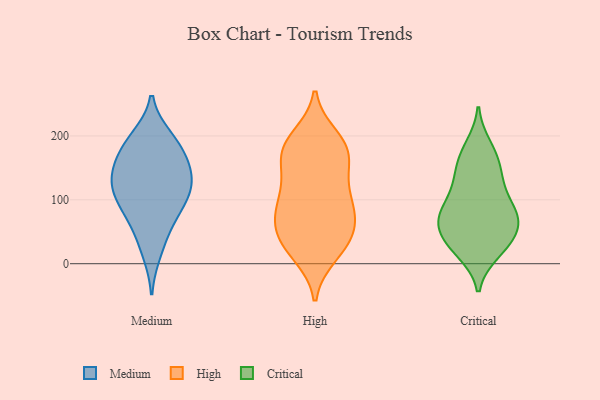
{"axis": {"x": "Operating Costs (USD K)", "y": "Value"}, "legend": ["Critical", "High", "Medium"], "data": [{"x": "", "y": 118, "type": "Medium"}, {"x": "", "y": 184, "type": "Medium"}, {"x": "", "y": 17, "type": "Medium"}, {"x": "", "y": 167, "type": "Medium"}, {"x": "", "y": 49, "type": "Medium"}, {"x": "", "y": 109, "type": "Medium"}, {"x": "", "y": 193, "type": "Medium"}, {"x": "", "y": 126, "type": "Medium"}, {"x": "", "y": 90, "type": "Medium"}, {"x": "", "y": 146, "type": "Medium"}, {"x": "", "y": 198, "type": "Medium"}, {"x": "", "y": 98, "type": "Medium"}, {"x": "", "y": 138, "type": "Medium"}, {"x": "", "y": 72, "type": "Medium"}, {"x": "", "y": 150, "type": "Medium"}, {"x": "", "y": 33, "type": "High"}, {"x": "", "y": 87, "type": "High"}, {"x": "", "y": 49, "type": "High"}, {"x": "", "y": 129, "type": "High"}, {"x": "", "y": 166, "type": "High"}, {"x": "", "y": 136, "type": "High"}, {"x": "", "y": 181, "type": "High"}, {"x": "", "y": 197, "type": "High"}, {"x": "", "y": 85, "type": "High"}, {"x": "", "y": 15, "type": "High"}, {"x": "", "y": 99, "type": "High"}, {"x": "", "y": 174, "type": "High"}, {"x": "", "y": 36, "type": "High"}, {"x": "", "y": 99, "type": "High"}, {"x": "", "y": 22, "type": "High"}, {"x": "", "y": 63, "type": "High"}, {"x": "", "y": 184, "type": "High"}, {"x": "", "y": 180, "type": "High"}, {"x": "", "y": 65, "type": "High"}, {"x": "", "y": 75, "type": "Critical"}, {"x": "", "y": 70, "type": "Critical"}, {"x": "", "y": 23, "type": "Critical"}, {"x": "", "y": 139, "type": "Critical"}, {"x": "", "y": 39, "type": "Critical"}, {"x": "", "y": 138, "type": "Critical"}, {"x": "", "y": 18, "type": "Critical"}, {"x": "", "y": 25, "type": "Critical"}, {"x": "", "y": 173, "type": "Critical"}, {"x": "", "y": 86, "type": "Critical"}, {"x": "", "y": 69, "type": "Critical"}, {"x": "", "y": 162, "type": "Critical"}, {"x": "", "y": 184, "type": "Critical"}, {"x": "", "y": 41, "type": "Critical"}, {"x": "", "y": 55, "type": "Critical"}, {"x": "", "y": 105, "type": "Critical"}, {"x": "", "y": 82, "type": "Critical"}, {"x": "", "y": 123, "type": "Critical"}, {"x": "", "y": 70, "type": "Critical"}]}